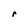
Character: r